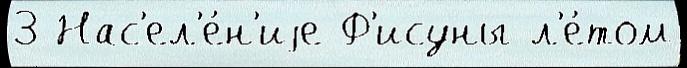
3 Нас'ел'е́н'иjе Ф'исуны л'е́том